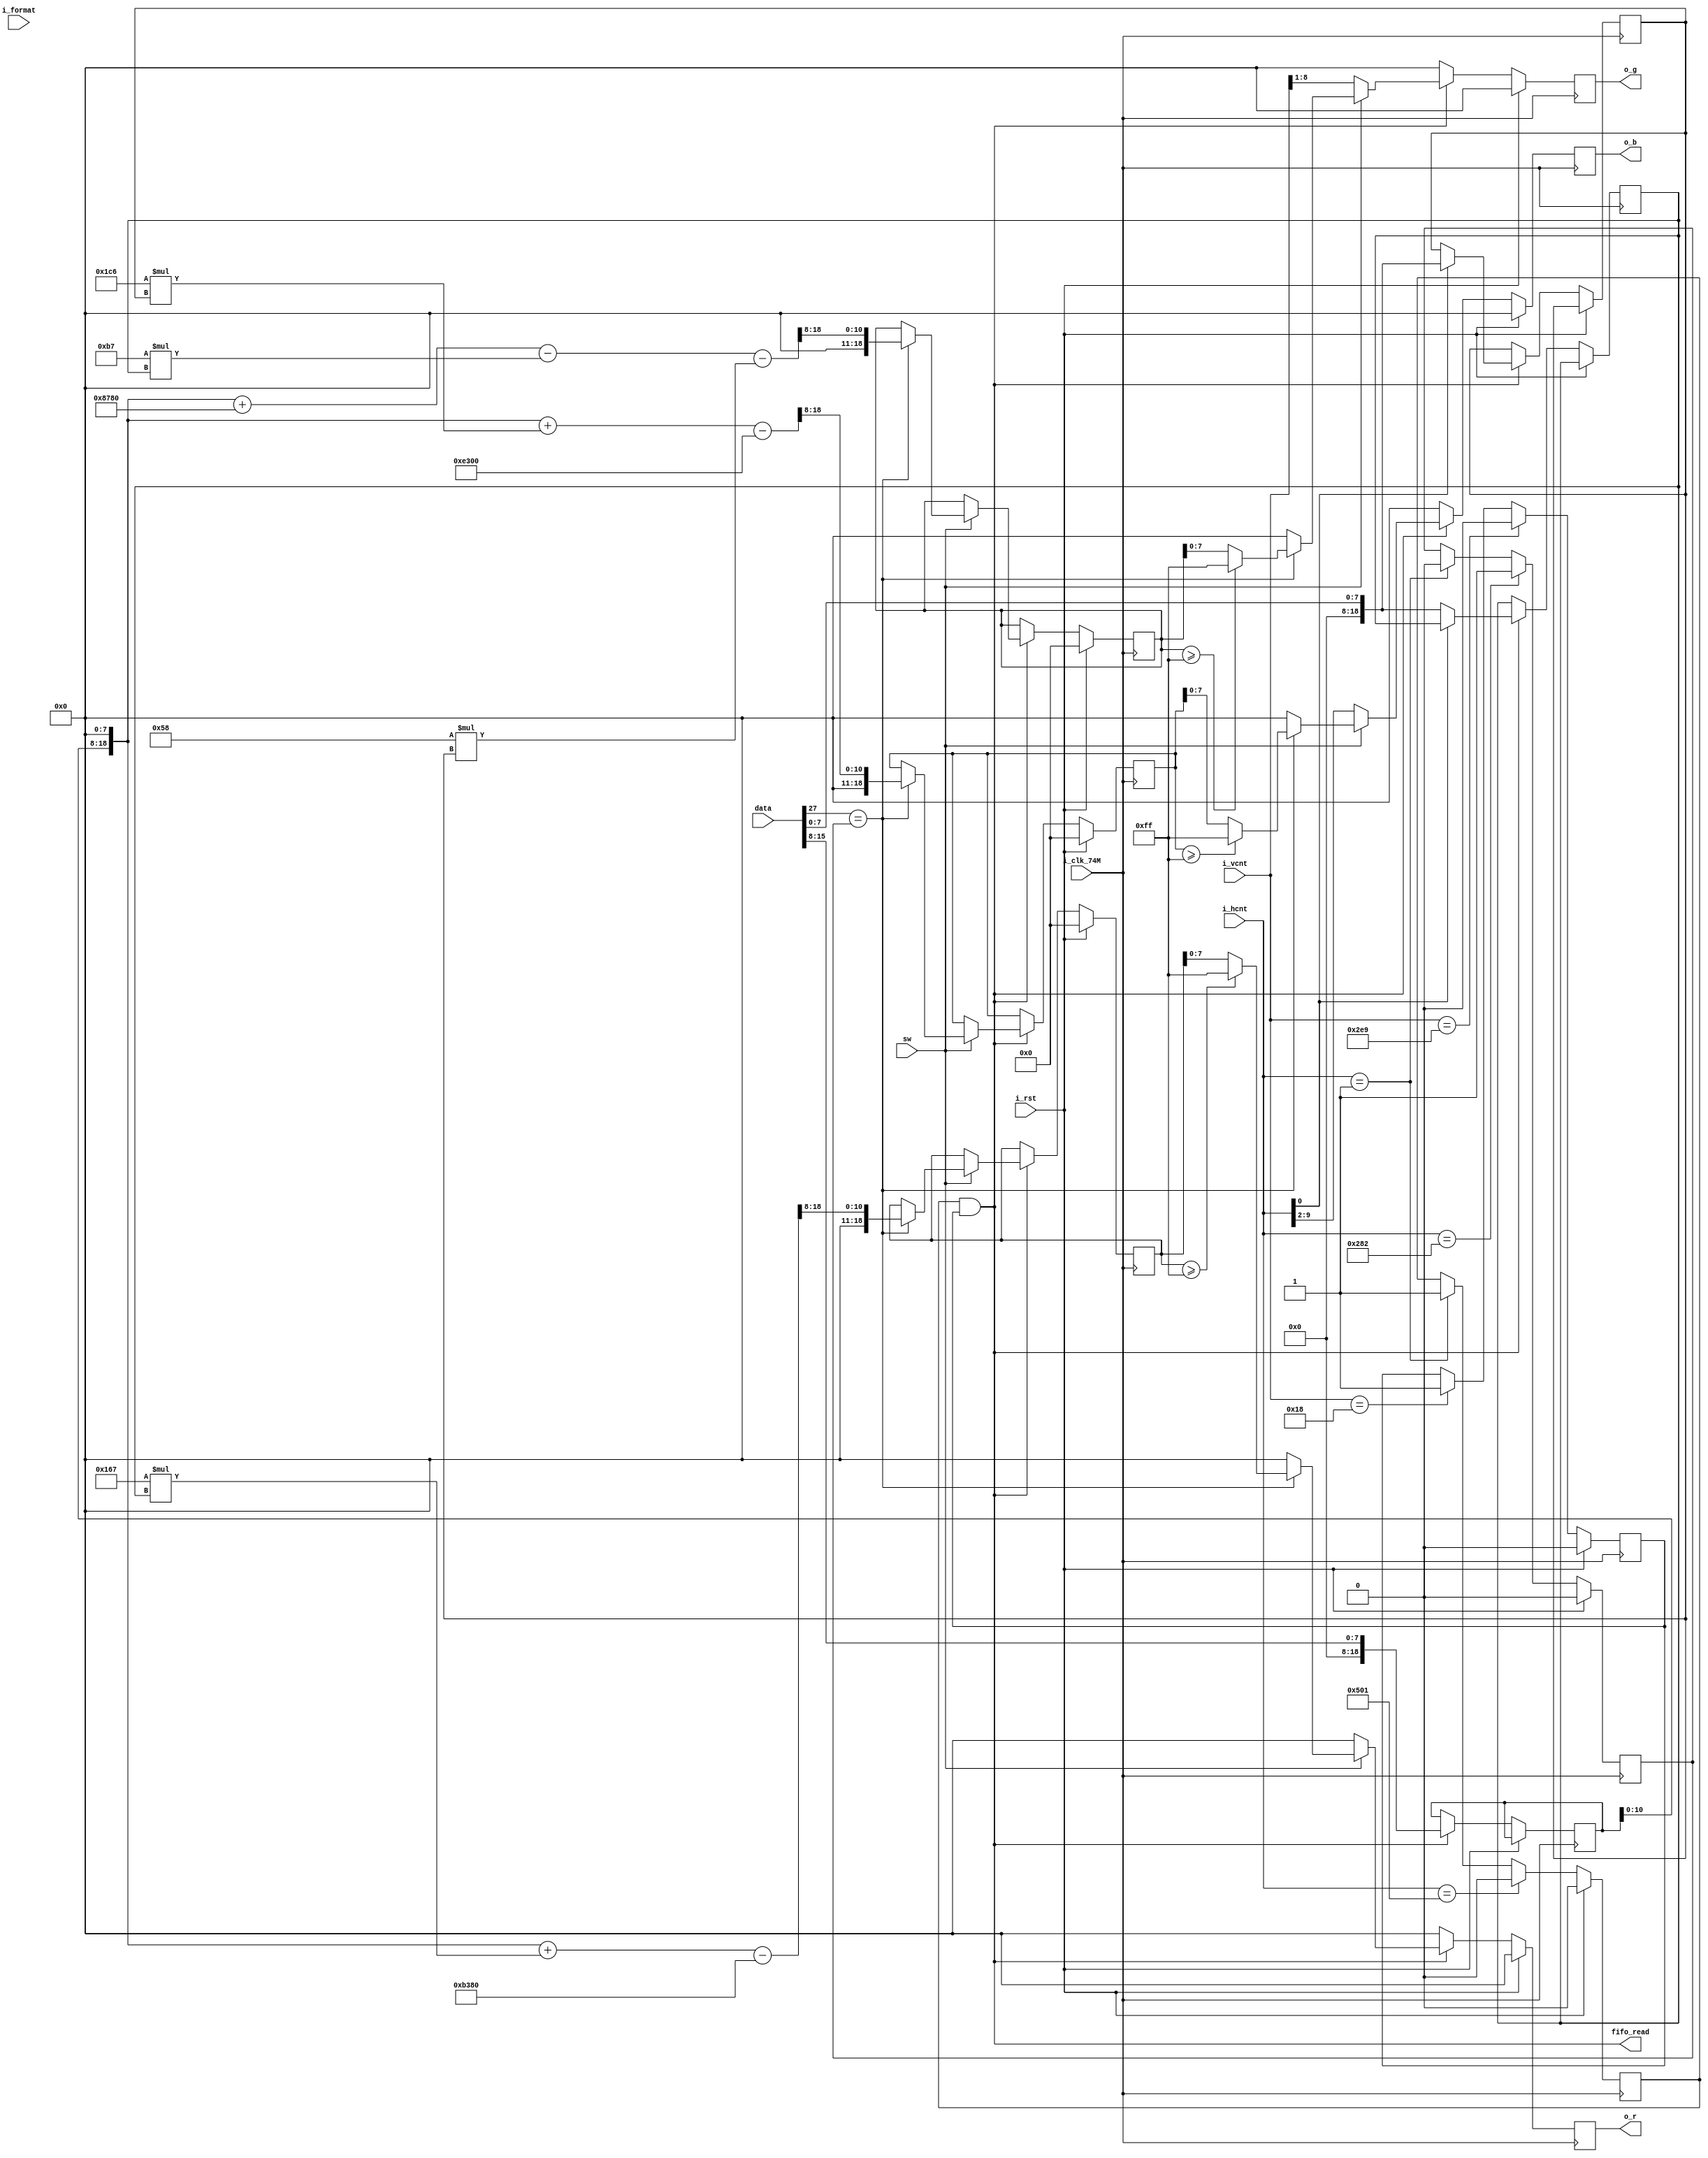
module datacontroller (
	input  wire        i_clk_74M,     //74.25 MHZ pixel clock
	input  wire        i_rst,   
	input  wire [1:0]  i_format,
	input  wire [11:0] i_vcnt, //vertical counter from video timing generator
	input  wire [11:0] i_hcnt, //horizontal counter from video timing generator
	output wire        fifo_read,
	input  wire [28:0] data,
	input  wire        sw,

	output wire [7:0]  o_r,
	output wire [7:0]  o_g,
	output wire [7:0]  o_b
);

wire [1:0]  x_count;
wire [10:0] y_count;

assign x_count = data[28:27];
assign y_count = data[26:16];

//`define CLIP(X) ( (X) > 16'd255 ? 16'd255 : (X) < 16'd0 ? 16'd0 : X)
// YCbCr -> RGB
//`define CYCbCr2B(Y, Cb, Cr) CLIP( Y + (116129 * Cb >> 16 ) - 226 )
//`define CYCbCr2G(Y, Cb, Cr) CLIP( Y - (( 22544 * Cb + 46793 * Cr ) >> 16) + 135)
//`define CYCbCr2R(Y, Cb, Cr) CLIP( Y + ( 91881 * Cr >> 16 ) - 179 )


//------------------------------------------------------------
//  Determine the Data Space or  Blank Space
//------------------------------------------------------------
`ifndef NO
parameter hstart = 12'd1;
parameter hfin   = 12'd1281;
parameter vstart = 12'd24;
parameter vfin   = 12'd745;
`else
parameter hstart = 12'd1;
parameter hfin   = 12'd1281;
parameter vstart = 12'd25;
parameter vfin   = 12'd745;
`endif

reg hactive,vactive;
reg xblock;
reg [18:0] Y, Cb, Cr, a_r, a_g, a_b;
reg [7:0] b_r, b_g, b_b;

always @ (posedge i_clk_74M) begin
	if(i_rst) begin
		hactive  <= 1'b0;
		vactive  <= 1'b0;
		a_r      <= 19'h00;
		a_g      <= 19'h00;
		a_b      <= 19'h00;
		b_r      <= 8'h00;
		b_g      <= 8'h00;
		b_b      <= 8'h00;
		xblock   <= 1'b0;
	end else begin
		if(i_hcnt == hstart) begin
			hactive <= 1'b1;
			xblock  <= 1'b0;
		end

		if(i_hcnt == (hstart + 641))
			xblock  <= 1'b1;

		if(i_hcnt == hfin) 
			hactive <= 1'b0;
	
		if(i_vcnt == vstart) 
			vactive <= 1'b1;

		if(i_vcnt == vfin) 
			vactive <= 1'b0;

		if (hactive & vactive) begin
			Y <= {11'b0,data[15:8]};
			if (i_hcnt[0] == 1'b0)
				Cr <= {11'b0, data[7:0]};
			else
				Cb <= {11'b0, data[7:0]};
			if (sw) begin
				if (x_count[0] == xblock) begin
					a_r <= ( (Y<<8) + (19'b1_0110_0111*Cr) - 19'hb380)>>8;
					a_g <= ( (Y<<8) + 19'h8780 - (19'b1011_0111*Cr) - (19'b0101_1000*Cb) )>>8;
					a_b <= ( (Y<<8) + (19'b1_1100_0110*Cb) - 19'he300)>>8;
					b_r <= (a_r >= 19'hff) ? 8'hff : a_r[7:0];
					b_g <= (a_g >= 19'hff) ? 8'hff : a_g[7:0];
					b_b <= (a_b >= 19'hff) ? 8'hff : a_b[7:0];
				end else begin
					b_b <= 8'h0;
					b_g <= 8'h0;
					b_r <= 8'h0;
				end
			end else begin
				b_b <= i_hcnt[9:2];
				b_g <= i_vcnt[8:1];
				b_r <= 8'h0;
			end
		end else begin
			b_b <= 8'h00;
			b_g <= 8'h00;
			b_r <= 8'h00;
		end
	end
end

assign fifo_read = (hactive & vactive);
assign o_r = b_r[7:0];
assign o_g = b_g[7:0];
assign o_b = b_b[7:0];

endmodule